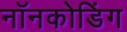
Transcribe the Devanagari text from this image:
नॉनकोडिंग